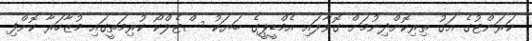
ކަރަންޓުގެ އަގު ތިރިކޮށްދިނުމަށް ގޮވާލައި އެމްޑީޕީގެ ބަޔަކު ސްޓެލްކޯ ކުރިމަތީގައި މުޒާހަރާ ކޮށްފި